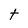
Character: t